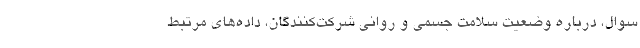
سوال، درباره وضعیت سلامت جسمی و روانی شرکت‌کنندگان، داده‌های مرتبط